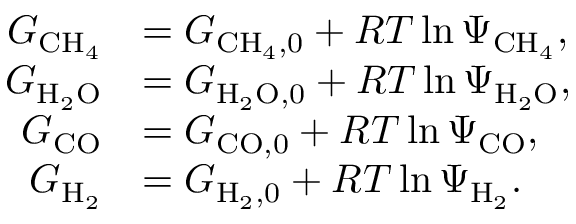
\begin{array} { r l } { G _ { \mathrm { C H _ { 4 } } } } & { = G _ { \mathrm { C H _ { 4 } , 0 } } + { \cal R } T \ln { \Psi _ { \mathrm { C H _ { 4 } } } } , } \\ { G _ { \mathrm { H _ { 2 } O } } } & { = G _ { \mathrm { H _ { 2 } O , 0 } } + { \cal R } T \ln { \Psi _ { \mathrm { H _ { 2 } O } } } , } \\ { G _ { \mathrm { C O } } } & { = G _ { \mathrm { C O , 0 } } + { \cal R } T \ln { \Psi _ { \mathrm { C O } } } , } \\ { G _ { \mathrm { H _ { 2 } } } } & { = G _ { \mathrm { H _ { 2 } , 0 } } + { \cal R } T \ln { \Psi _ { \mathrm { H _ { 2 } } } } . } \end{array}